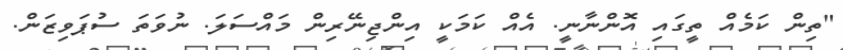
"ތިން ކަމެއް ތީގައި އޮންނާނީ. އެއް ކަމަކީ އިންޖިނޭރިން މައްސަލަ. ނުވަތަ ސުޕަވިޒަން.